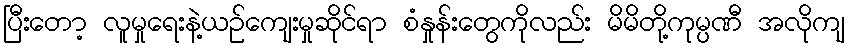
ပြီးတော့ လူမှုရေးနဲ့ယဉ်ကျေးမှုဆိုင်ရာ စံနှုန်းတွေကိုလည်း မိမိတို့ကုမ္ပဏီ အလိုကျ